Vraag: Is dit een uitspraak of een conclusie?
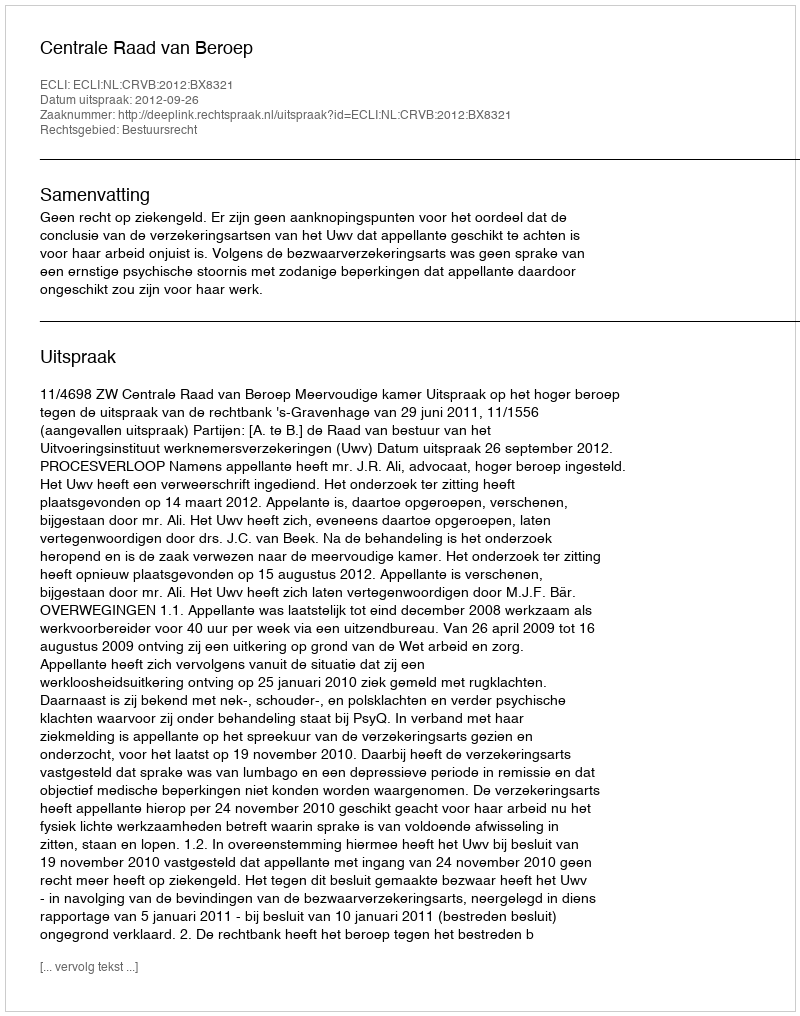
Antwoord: Uitspraak